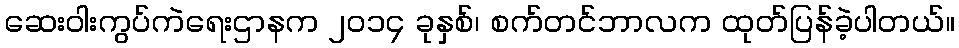
ဆေးဝါးကွပ်ကဲရေးဌာနက ၂၀၁၄ ခုနှစ်၊ စက်တင်ဘာလက ထုတ်ပြန်ခဲ့ပါတယ်။